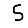
Digit: 5